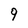
Character: 9